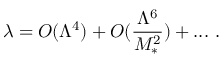
\lambda = { \cal O } ( \Lambda ^ { 4 } ) + { \cal O } ( \frac { \Lambda ^ { 6 } } { M _ { * } ^ { 2 } } ) + . . . ~ .